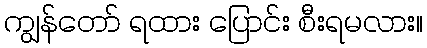
ကျွန်တော် ရထား ပြောင်း စီးရမလား။